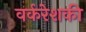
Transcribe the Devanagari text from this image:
वर्करेशकी